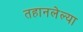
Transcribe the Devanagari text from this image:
तहानलेल्या